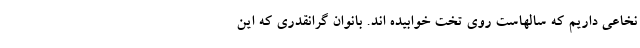
نخاعی داریم که سالهاست روی تخت خوابیده اند. بانوان گرانقدری که این